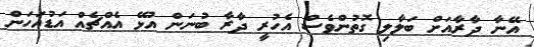
އޭނާ ދާރާއަށް ބަލާލި ގޮތުންވެސް އެހުރީ ދާރާ ބުނަން އުޅޭ އެއްޗެއް އަޑުއަހަން